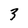
Character: 3